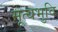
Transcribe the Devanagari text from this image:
मूत्यभुवि